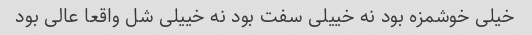
خیلی خوشمزه بود نه خییلی سفت بود نه خییلی شل واقعا عالی بود